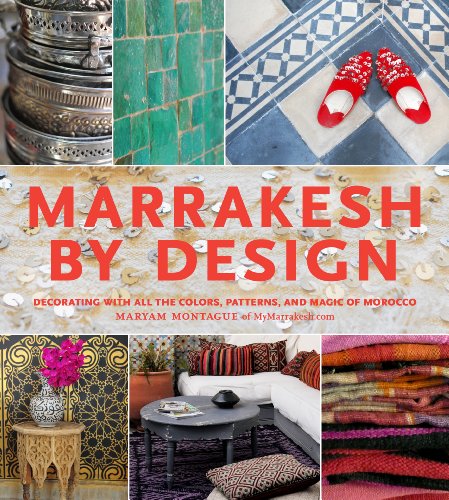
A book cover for Marrakesh by Design; Maryam Montague; Arts & Photography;